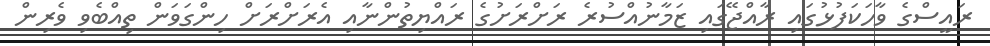
ރައީސްގެ ވާހަކަފުޅުގައި ރާއްޖޭގައި ޒަމާނުއްސުރެ ރަށްރަށުގެ ރައްޔިތުންނާއި އެރަށްރަށް ހިންގަވަން ތިއްބެވި ވެރިން